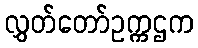
လွှတ်တော်ဥက္ကဌက